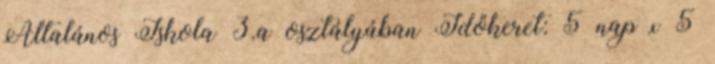
Általános Iskola 3.a osztályában Időkeret: 5 nap x 5